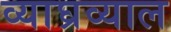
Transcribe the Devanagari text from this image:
व्याघ्रव्याल